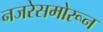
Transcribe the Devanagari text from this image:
नजरेसमोरून